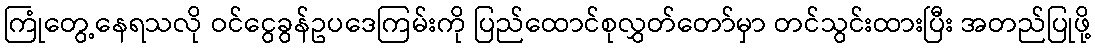
ကြုံတွေ့နေရသလို ဝင်ငွေခွန်ဥပဒေကြမ်းကို ပြည်ထောင်စုလွှတ်တော်မှာ တင်သွင်းထားပြီး အတည်ပြုဖို့